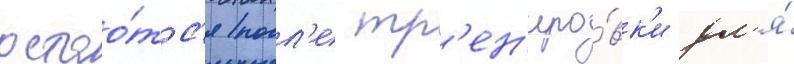
остао́тс'я посл'е тр'ен'иро́вк'и дл'я́